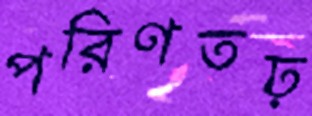
পরিণতঢ়